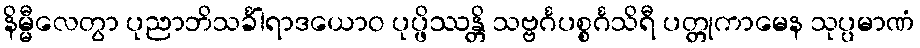
နိမ္မီလေတွာ ပုညာဘိသင်္ခါရာဒယောဝ ပုပ္ဖိဿန္တိ သဗ္ဗင်္ဂပစ္စင်္ဂသိရီ ပတ္တုကာမေန သုပ္ပမာဏံ